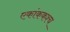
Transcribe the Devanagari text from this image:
एकांककश्च